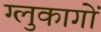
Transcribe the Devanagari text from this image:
ग्लुकागों